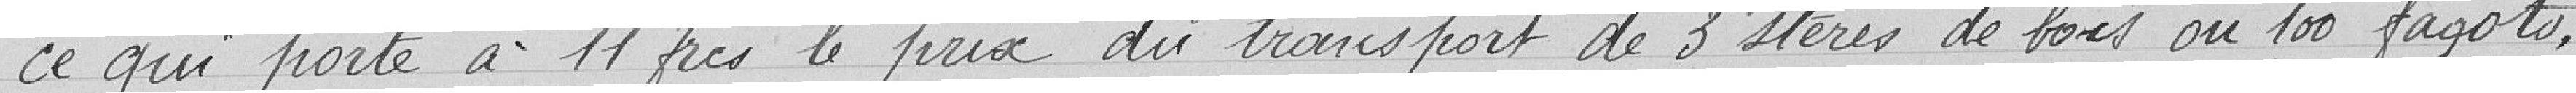
ce qui porte à 11 frs le prix du transport de 3 stères de bois ou 100 fagots,